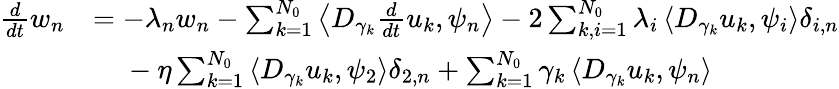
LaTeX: \begin{array}{rl}{\frac{d}{dt}w_{n}}&{=-\lambda_{n}w_{n}-\sum_{k=1}^{N_{0}}\left<D_{\gamma_{k}}\frac{d}{dt}u_{k},\psi_{n}\right>-2\sum_{k,i=1}^{N_{0}}\lambda_{i}\left<D_{\gamma_{k}}u_{k},\psi_{i}\right>\delta_{i,n}}\\ &{\phantom{=}\; -\eta\sum_{k=1}^{N_{0}}\left<D_{\gamma_{k}}u_{k},\psi_{2}\right>\delta_{2,n}+\sum_{k=1}^{N_{0}}\gamma_{k}\left<D_{\gamma_{k}}u_{k},\psi_{n}\right>}\end{array}